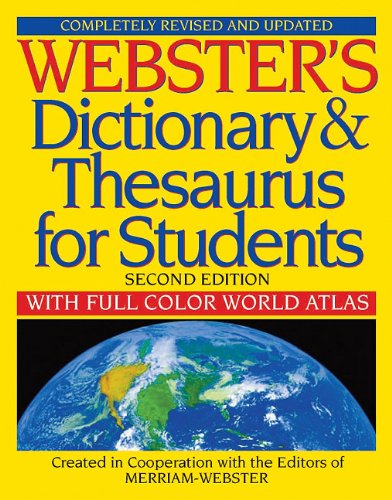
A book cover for Webster's Dictionary & Thesaurus for Students, Second Edition; Merriam-Webster; Reference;